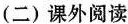
(二)课外阅读